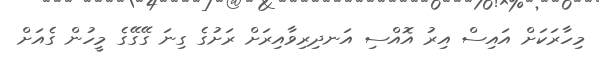
މިހާރަކަށް އައިސް އިރު އޮއްސި އަނދިރިވާއިރަށް ރަށުގެ ގިނަ ގޭގޭގެ މީހުން ގެއަށް